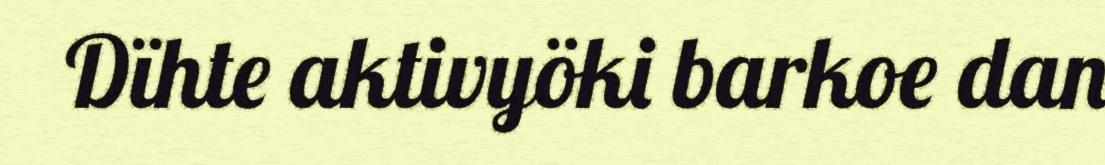
Dïhte aktivyöki barkoe dan